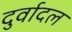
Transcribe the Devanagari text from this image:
दुर्वादल